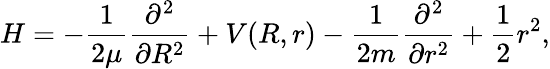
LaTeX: H=-\frac{1}{2\mu}\frac{\partial^{2}}{\partial R^{2}}+V(R,r)-\frac{1}{2m}\frac{\partial^{2}}{\partial r^{2}}+\frac{1}{2}r^{2},